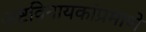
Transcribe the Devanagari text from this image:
अष्टविनायकांप्रमाणे